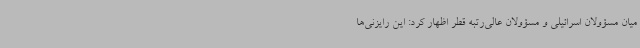
میان مسؤولان اسرائیلی و مسؤولان عالی‌رتبه قطر اظهار کرد: این رایزنی‌ها